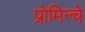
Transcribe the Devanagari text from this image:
प्रोमिन्चे